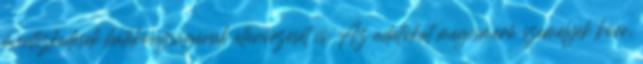
óvintézkedések hatékonyságának ellenőrzését is. Az adatokat megismerő személyek köre,